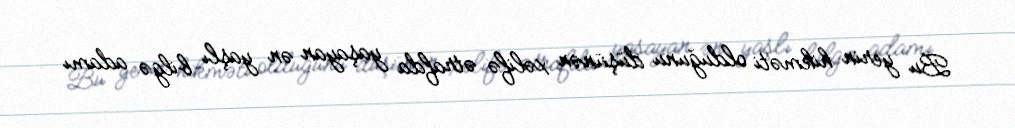
Bu yerin hikməti olduğunu düşünən xəlifə ətrafda yaşayan ən yaşlı bilgə adamı